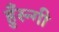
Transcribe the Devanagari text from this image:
हुँस्न्गी